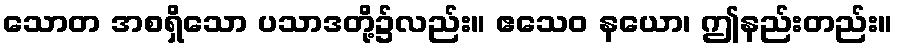
သောတ အစရှိသော ပသာဒတို့၌လည်း။ ဧသေဝ နယော၊ ဤနည်းတည်း။